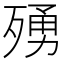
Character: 𭮛